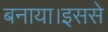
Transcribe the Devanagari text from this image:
बनाया।इससे